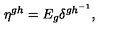
\eta ^ { g h } = E _ { g } \delta ^ { g h ^ { - 1 } } ,